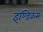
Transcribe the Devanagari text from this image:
इण्डिकस